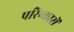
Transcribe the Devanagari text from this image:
परिष्कारों